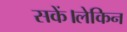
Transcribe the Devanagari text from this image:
सकें।लेकिन